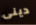
دينى